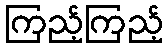
ကြည့်ကြည့်